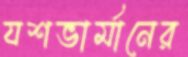
যশভার্মানের